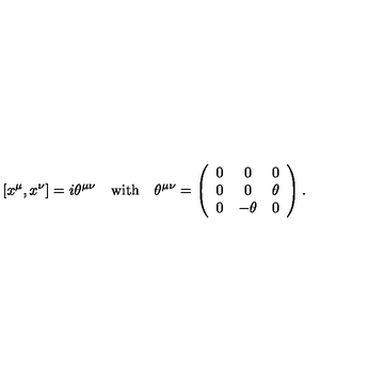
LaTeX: [ x ^ { \mu } , x ^ { \nu } ] = i \theta ^ { \mu \nu } \quad \mathrm { w i t h } \quad \theta ^ { \mu \nu } = \left( \begin{array} { c c c } { 0 } & { 0 } & { 0 } \\ { 0 } & { 0 } & { \theta } \\ { 0 } & { - \theta } & { 0 } \\ \end{array} \right) .